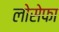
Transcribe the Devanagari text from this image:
लोसेफा